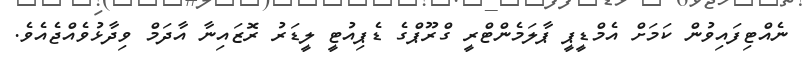
ނެއްޓިފައިވުން ކަމަށް އެމްޑީޕީ ޕާލަމެންޓްރީ ގްރޫޕްގެ ޑެޕިއުޓީ ލީޑަރު ރޮޒައިނާ އާދަމް ވިދާޅުވެއްޖެއެވެ.